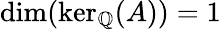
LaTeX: \dim(\ker_{\mathbb{Q}}(A))=1